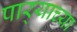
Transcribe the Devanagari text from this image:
पार्‍याच्या